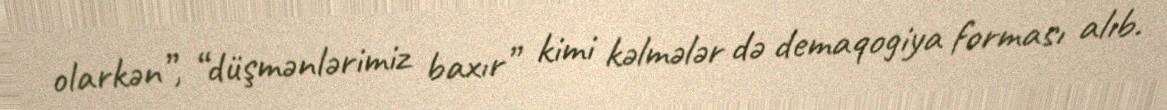
olarkən”, “düşmənlərimiz baxır” kimi kəlmələr də demaqogiya forması alıb.